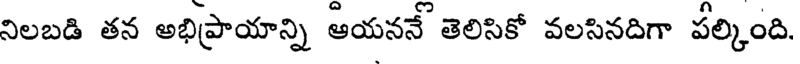
నిలబడి తన అభిప్రాయాన్ని ఆయననే తెలిసికో వలసినదిగా పల్కింది.